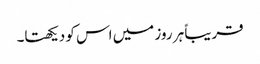
قریباً ہر روز میں اس کو دیکھتا۔